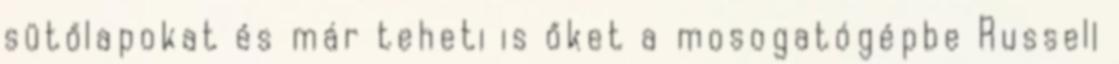
sütőlapokat és már teheti is őket a mosogatógépbe Russell